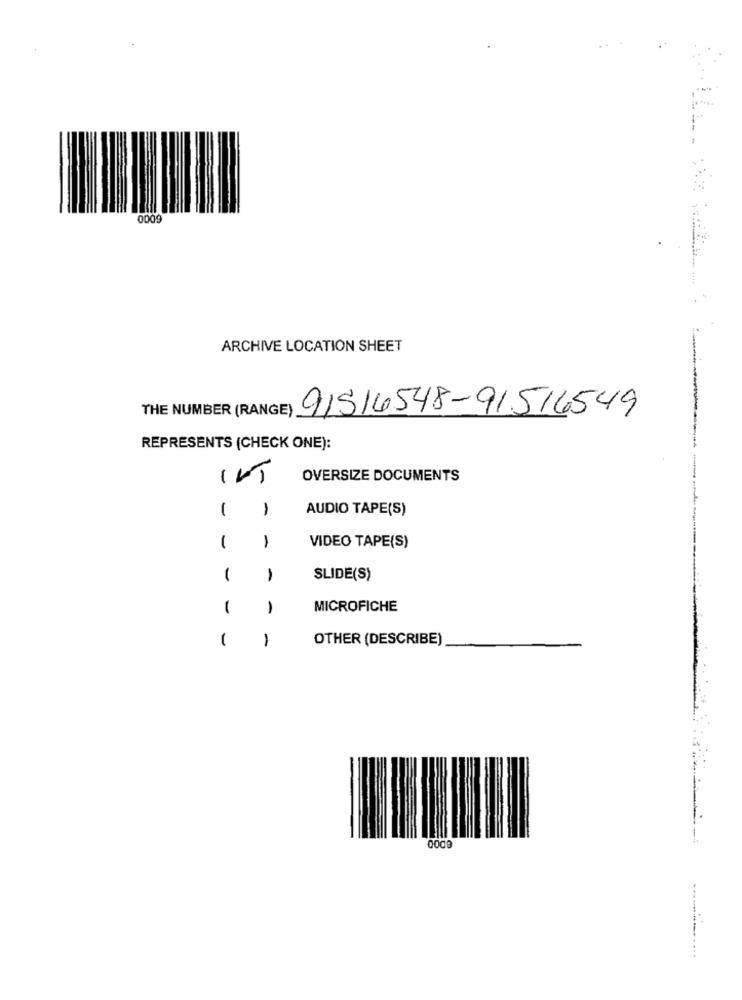
ARCHIVE LOCATION SHEET
THE NUMBER (RANGE)
91516548-91516549
REPRESENTS (CHECK ONE):
1-
OVERSIZE DOCUMENTS
-----
1
1
AUDIO TAPE(S)
1
1
VIDEO TAPE(S)
1
1
SLIDE(S)
1
1
MICROFICHE
1
OTHER (DESCRIBE)
-
0009